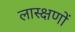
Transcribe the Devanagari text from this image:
लास्क्षणों